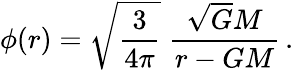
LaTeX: \phi(r)=\sqrt{\frac{3}{4\pi}}\; \frac{\sqrt{G}M}{r-GM}\, .